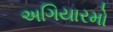
અગિયારમો